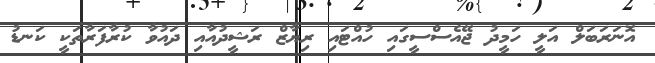
އޮނަރަބަލް އަލީ ހަމީދު ޖޭއެސްސީގައި ހުއްޓައި ރިޔާޒް ރަޝީދުއާއި ދައުވާ ކުރާފަރާތަކީ ކަނޑު